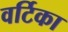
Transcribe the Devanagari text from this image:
वर्टिका